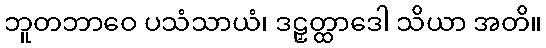
ဘူတဘာဝေ ပသံသာယံ၊ ဒဠှတ္ထာဒေါ သိယာ အတိ။